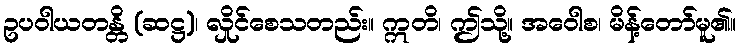
ဥပဝါယတန္တိ (ဆဋ္ဌ)၊ လှိုင်စေသတည်း။ ဣတိ၊ ဤသို့။ အဝေါစ၊ မိန့်တော်မူ၏။